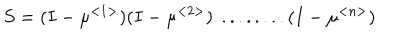
S = ( I - \mu ^ { < 1 > } ) ( I - \mu ^ { < 2 > } ) . . . . . . . . . ( I - \mu ^ { < n > } )